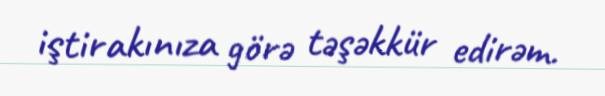
iştirakınıza görə təşəkkür edirəm.